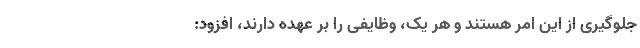
جلوگیری از این امر هستند و هر یک، وظایفی را بر عهده دارند، افزود: